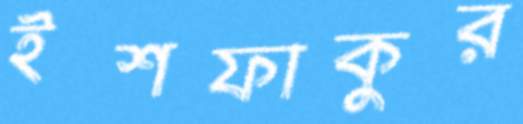
ইশফাকুর